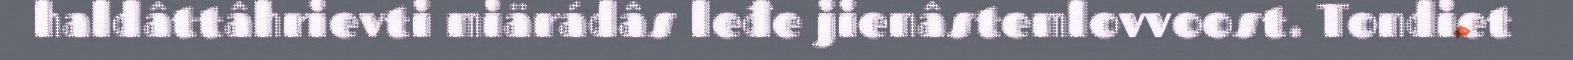
haldâttâhrievti miärádâs leđe jienâstemlovvoost. Tondiet